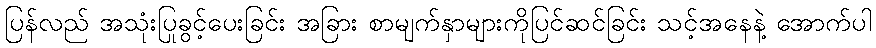
ပြန်လည် အသုံးပြုခွင့်ပေးခြင်း အခြား စာမျက်နှာများကိုပြင်ဆင်ခြင်း သင့်အနေနဲ့ အောက်ပါ